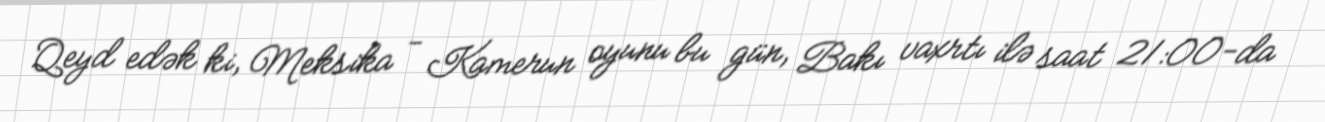
Qeyd edək ki, Meksika - Kamerun oyunu bu gün, Bakı vaxrtı ilə saat 21:00-da